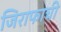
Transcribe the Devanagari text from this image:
जिराफाची